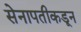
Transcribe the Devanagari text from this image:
सेनापतीकडून